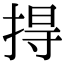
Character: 㧹